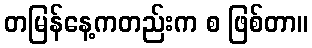
တမြန်နေ့ကတည်းက စ ဖြစ်တာ။